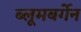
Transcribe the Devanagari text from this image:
ब्लूमबर्गेन